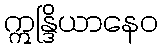
ဣန္ဒြိယာနေဝ